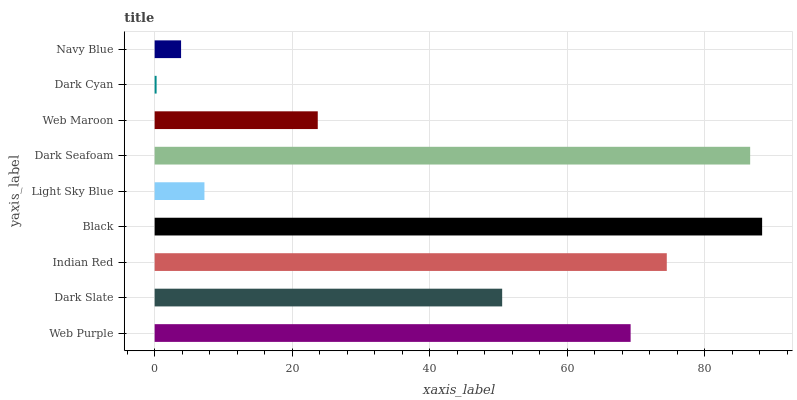
| yaxis_label | bars |
 | --- | --- |
 | Web Purple | 69.2 |
 | Dark Slate | 50.5 |
 | Indian Red | 74.5 |
 | Black | 88.3 |
 | Light Sky Blue | 7.24 |
 | Dark Seafoam | 86.6 |
 | Web Maroon | 23.7 |
 | Dark Cyan | 0.284 |
 | Navy Blue | 3.84 |